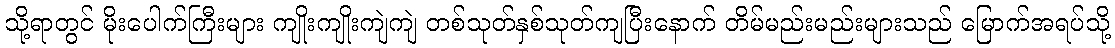
သို့ရာတွင် မိုးပေါက်ကြီးများ ကျိုးကျိုးကျဲကျဲ တစ်သုတ်နှစ်သုတ်ကျပြီးနောက် တိမ်မည်းမည်းများသည် မြောက်အရပ်သို့